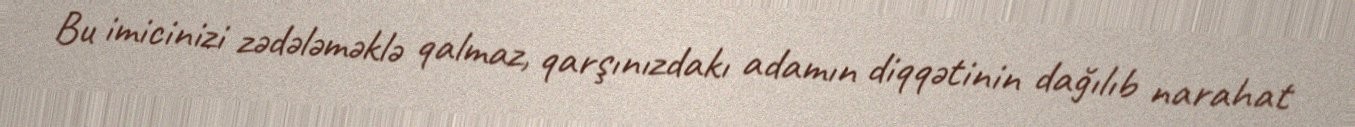
Bu imicinizi zədələməklə qalmaz, qarşınızdakı adamın diqqətinin dağılıb narahat